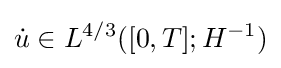
{\dot {u}}\in L^{4/3}([0,T];H^{-1})